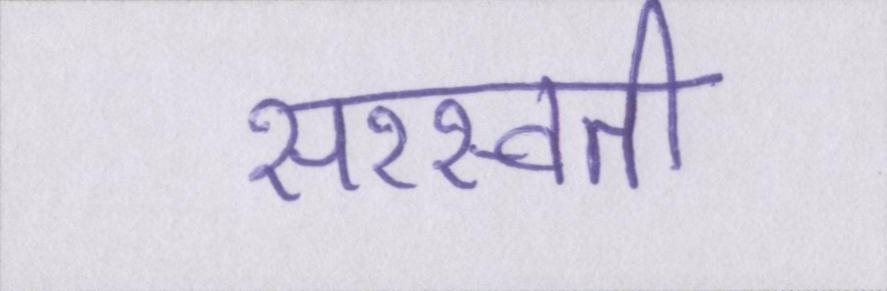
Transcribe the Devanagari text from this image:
सरस्वती